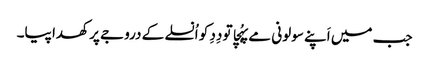
جب میں اَپنے سولونی مے پہُچا تو دِدِ کو اُنسلے کے دروجے پر کھدا پیا۔